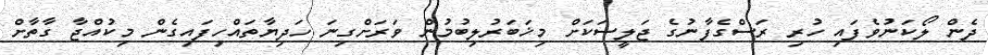
ދެން ލޯކަނުވެފައި ހުރި ރަސްގެފާނުގެ ޖަލީސަކަށް މިޚަބަރުލިބުމުން ވަރަށްގިނަ ހަދިޔާތައްހިފައިގެން މިކުއްޖާ ގާތާށް